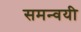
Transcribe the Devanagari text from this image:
समन्वयी